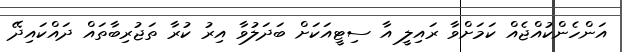
އަންހެންކުއްޖެއް ކަމަށްވާ ރައިލީ އާ ސިޓީއަކަށް ބަދަލުވާ އިރު ކުރާ ތަޖުރިބާތައް ދައްކައިދޭ